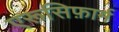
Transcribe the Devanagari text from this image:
एरूसिफ़ार्म